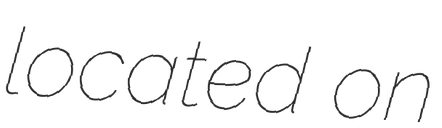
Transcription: located on